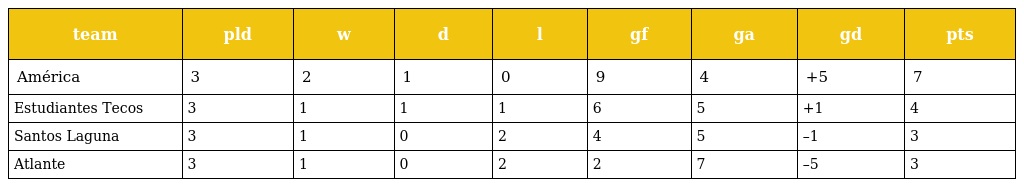
| team | pld | w | d | l | gf | ga | gd | pts |
 | --- | --- | --- | --- | --- | --- | --- | --- | --- |
 | América | 3 | 2 | 1 | 0 | 9 | 4 | +5 | 7 |
 | Estudiantes Tecos | 3 | 1 | 1 | 1 | 6 | 5 | +1 | 4 |
 | Santos Laguna | 3 | 1 | 0 | 2 | 4 | 5 | –1 | 3 |
 | Atlante | 3 | 1 | 0 | 2 | 2 | 7 | –5 | 3 |